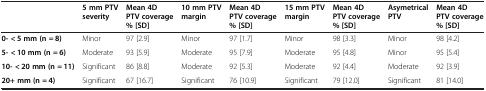
<table><thead><tr><td></td><td><b>5 mm PTV severity</b></td><td><b>Mean 4D PTV coverage % [±SD]</b></td><td><b>10 mm PTV margin</b></td><td><b>Mean 4D PTV coverage % [±SD]</b></td><td><b>15 mm PTV margin</b></td><td><b>Mean 4D PTV coverage % [±SD]</b></td><td><b>Asymetrical PTV</b></td><td><b>Mean 4D PTV coverage % [±SD]</b></td></tr></thead><tbody><tr><td><b>0- &lt; 5 mm (n = 8)</b></td><td>Minor</td><td>97 [2.9]</td><td>Minor</td><td>97 [1.7]</td><td>Minor</td><td>98 [3.3]</td><td>Minor</td><td>98 [4.2]</td></tr><tr><td><b>5- &lt; 10 mm (n = 6)</b></td><td>Moderate</td><td>93 [5.9]</td><td>Moderate</td><td>95 [7.9]</td><td>Moderate</td><td>95 [4.8]</td><td>Minor</td><td>95 [5.4]</td></tr><tr><td><b>10- &lt; 20 mm (n = 11)</b></td><td>Significant</td><td>86 [8.8]</td><td>Moderate</td><td>92 [5.3]</td><td>Moderate</td><td>92 [4.4]</td><td>Moderate</td><td>92 [3.9]</td></tr><tr><td><b>20+ mm (n = 4)</b></td><td>Significant</td><td>67 [16.7]</td><td>Significant</td><td>76 [10.9]</td><td>Significant</td><td>79 [12.0]</td><td>Significant</td><td>81 [14.0]</td></tr></tbody></table>